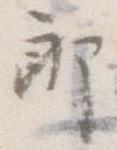
郎